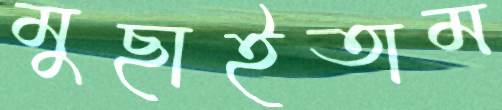
মুছাইতাম